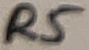
Text: R5